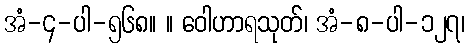
အံ-၄-ပါ-၅၆၈။ ။ ဝေါဟာရသုတ်၊ အံ-၈-ပါ-၁၂၇၊